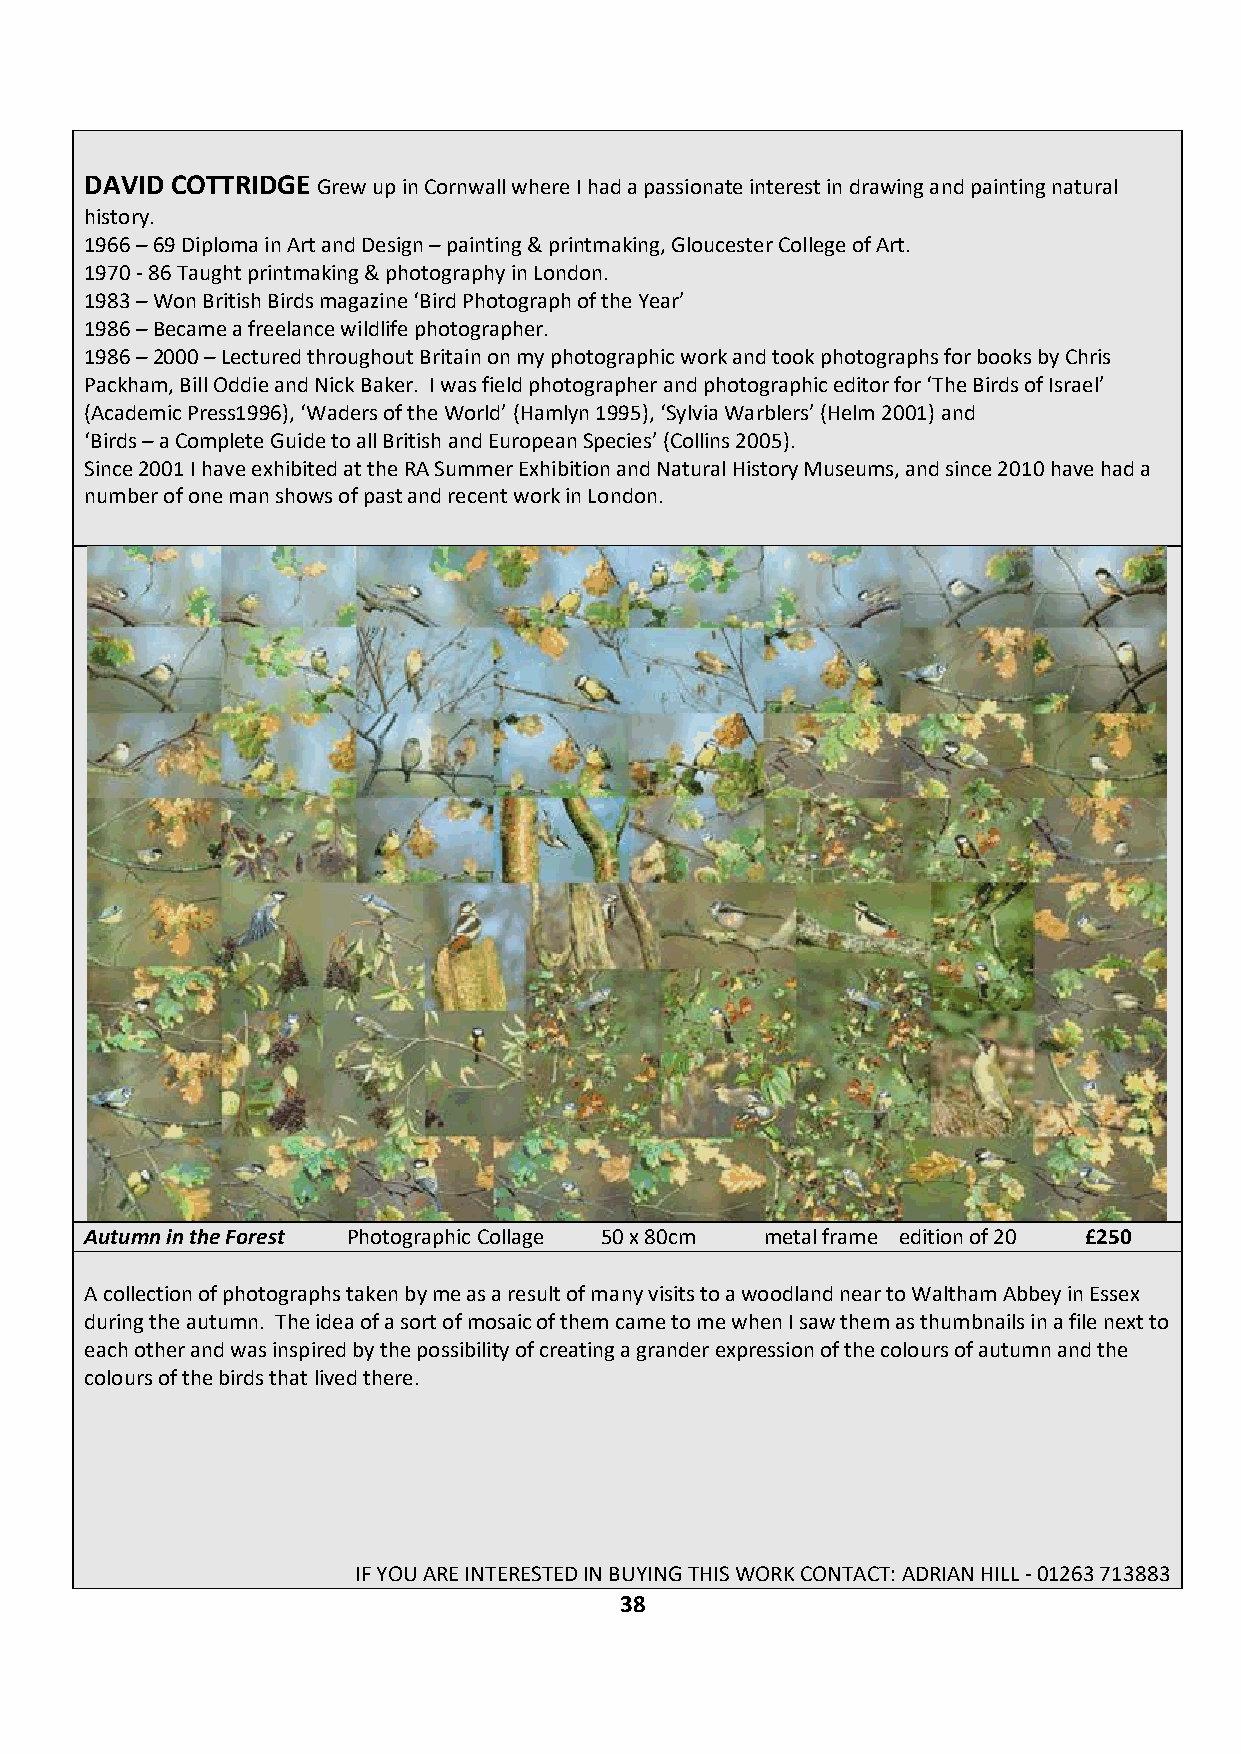
DAVID COTTRIDGE Grew up in Cornwall where I had a passionate interest in drawing and painting natural
 history.
 1966 – 69 Diploma in Art and Design – painting & printmaking, Gloucester College of Art.
 1970 - 86 Taught printmaking & photography in London.
 1983 – Won British Birds magazine ‘Bird Photograph of the Year’
 1986 – Became a freelance wildlife photographer.
 1986 – 2000 – Lectured throughout Britain on my photographic work and took photographs for books by Chris
 Packham, Bill Oddie and Nick Baker. I was field photographer and photographic editor for ‘The Birds of Israel’
 (Academic Press1996), ‘Waders of the World’ (Hamlyn 1995), ‘Sylvia Warblers’ (Helm 2001) and
 ‘Birds – a Complete Guide to all British and European Species’ (Collins 2005).
 Since 2001 I have exhibited at the RA Summer Exhibition and Natural History Museums, and since 2010 have had a
 number of one man shows of past and recent work in London.
 Autumn in the Forest Photographic Collage 50 x 80cm metal frame edition of 20 £250
 A collection of photographs taken by me as a result of many visits to a woodland near to Waltham Abbey in Essex
 during the autumn. The idea of a sort of mosaic of them came to me when I saw them as thumbnails in a file next to
 each other and was inspired by the possibility of creating a grander expression of the colours of autumn and the
 colours of the birds that lived there.
 IF YOU ARE INTERESTED IN BUYING THIS WORK CONTACT: ADRIAN HILL - 01263 713883
 38